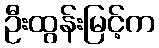
ဦးထွန်းမြင့်က